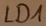
Text: LD1